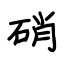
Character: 硝